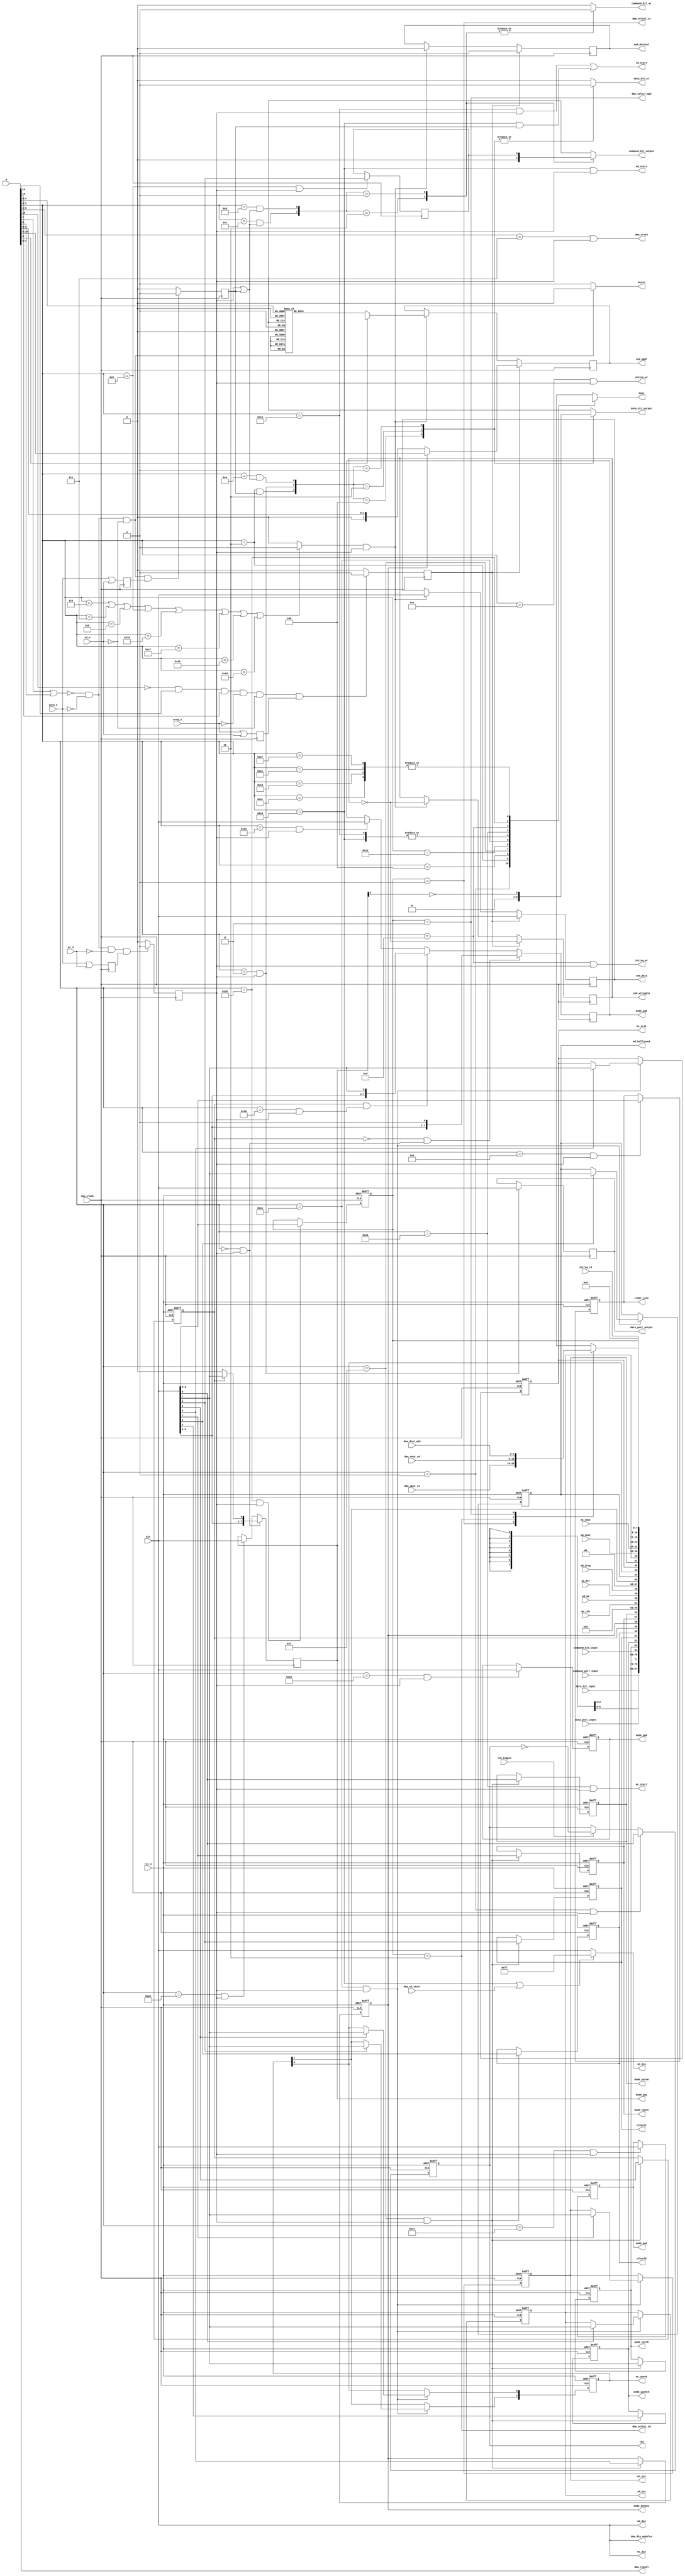
// part of NeoGS project (c) 2007-2008 NedoPC
//

// ports $00-$3f are in FPGA, $40-$ff are in CPLD

module ports(

	input  wire rst_n,
	input  wire cpu_clock, // Z80 CPU clock (clk_fpga on schematics)


	input  wire [ 7:0] din,   // NGS z80 cpu DATA BUS inputs
	output reg  [ 7:0] dout,  // NGS z80 cpu DATA BUS outputs
	output reg         busin, // direction of bus: =1 - input, =0 - output
	input  wire [15:0] a,     // NSG z80 cpu ADDRESS BUS

	input  wire iorq_n,
	input  wire mreq_n,
	input  wire rd_n,
	input  wire wr_n, // NGS z80 cpu control signals

	input  wire [ 7:0] data_port_input, // data_port input from zxbus module (async)
	output reg  [ 7:0] data_port_output, // data_port output to zxbus module (async to zxbus, sync here)
	input  wire [ 7:0] command_port_input, // command_port input from zxbus (async)

	input  wire data_bit_input, // data_bit from zxbus module (sync)
	input  wire command_bit_input, // --//-- (sync)

	output reg  data_bit_output, // output to zxbus module
	output reg  command_bit_output,

	output reg  data_bit_wr, // strobes (positive) to zxbus module, synchronous
	output reg  command_bit_wr,


	output reg  mode_8chans, // mode outputs for sound_main module
	output reg  mode_pan4ch, //
	output reg  mode_inv7b,  //

	output reg  mode_ramro, // mode outputs for memmap module
	output reg  mode_norom,

	output reg  [7:0] mode_pg0, // page registers for memmap module
	output reg  [7:0] mode_pg1,
	output reg  [7:0] mode_pg2,
	output reg  [7:0] mode_pg3,


	output reg  clksel0, // clock select (output from FPGA)
	output reg  clksel1,


	output reg         snd_wrtoggle, // toggle to write sound data to sound system memory
	output reg         snd_datnvol,  // whether it's for volume (=0) or for samples (=1)
	output reg  [ 2:0] snd_addr,     // address: which channel to be written (0-7)
	output reg  [ 7:0] snd_data,     // actual 8-bit data to be written


	output wire [ 7:0] md_din, // mp3 data interface
	output wire        md_start,
	input  wire        md_dreq,
	output reg         md_halfspeed,

	output reg         mc_ncs, // mp3 control interface
	output reg         mc_xrst,
	input  wire [ 7:0] mc_dout,
	output wire [ 7:0] mc_din,
	output wire        mc_start,
	output reg  [ 1:0] mc_speed,
	input  wire        mc_rdy,

	output reg         sd_ncs, // SD card interface
	input  wire [ 7:0] sd_dout,
	output wire [ 7:0] sd_din,
	output wire        sd_start,
	input  wire        dma_sd_start,
	input  wire        sd_det,
	input  wire        sd_wp,

	output reg  led, // LED control
	input  wire led_toggle,


	output reg  [7:0] dma_din_modules, // DMA control
	//
	output reg        dma_select_zx,
	output reg        dma_select_sd,
	output reg        dma_select_mp3,
	//
	input  wire [7:0] dma_dout_zx,
	input  wire [7:0] dma_dout_sd,
	input  wire [7:0] dma_dout_mp3,
	//
	output reg        dma_wrstb,
	output reg  [1:0] dma_regsel,


	// timer freq selector
	output reg  [2:0] timer_rate,

	// intena/intreq related
	output wire       intena_wr,
	output wire       intreq_wr,
	input  wire [7:0] intreq_rd

);


	localparam MPAG      = 6'h00;
	localparam MPAGEX    = 6'h10;

	localparam ZXCMD     = 6'h01;
	localparam ZXDATRD   = 6'h02;
	localparam ZXDATWR   = 6'h03;
	localparam ZXSTAT    = 6'h04;
	localparam CLRCBIT   = 6'h05;

	localparam VOL1      = 6'h06;
	localparam VOL2      = 6'h07;
	localparam VOL3      = 6'h08;
	localparam VOL4      = 6'h09;
	localparam VOL5      = 6'h16;
	localparam VOL6      = 6'h17;
	localparam VOL7      = 6'h18;
	localparam VOL8      = 6'h19;

	localparam DAMNPORT1 = 6'h0a;
	localparam DAMNPORT2 = 6'h0b;

	localparam LEDCTR    = 6'h01;

	localparam GSCFG0    = 6'h0f;

	localparam SCTRL     = 6'h11;
	localparam SSTAT     = 6'h12;

	localparam SD_SEND   = 6'h13;
	localparam SD_READ   = 6'h13;
	localparam SD_RSTR   = 6'h14;

	localparam MD_SEND   = 6'h14; // same as SD_RSTR!!!

	localparam MC_SEND   = 6'h15;
	localparam MC_READ   = 6'h15;

	localparam DMA_MOD   = 6'h1b; // read/write
	localparam DMA_HAD   = 6'h1c; // LSB bits 1:0 are 00 // read/write all
	localparam DMA_MAD   = 6'h1d; //                  01
	localparam DMA_LAD   = 6'h1e; //                  10
	localparam DMA_CST   = 6'h1f; //                  11

	localparam DMA_PORTS = 6'h1c; // mask for _HAD, _MAD, _LAD and _CST ports, two LSBs must be zero

	localparam TIM_FREQ  = 6'h0e;

	localparam INTENA    = 6'h0c;
	localparam INTREQ    = 6'h0d;

	localparam PG0       = 6'h20;
	localparam PG1       = 6'h21;
	localparam PG2       = 6'h22;
	localparam PG3       = 6'h23;

	// FREE PORT ADDRESSES: $1A, $24-$3F



// internal regs & wires

	reg mode_expag; // extended paging mode register

	reg port09_bit5;

	wire port_enabled; // =1 when port address is in enabled region ($00-$3f)
	wire mem_enabled; // =1 when memory mapped sound regs are addressed ($6000-$7FFF)
	reg volports_enabled; // when volume ports are addressed (6-9 and $16-$19)

	reg iowrn_reg; // registered io write signal (all positive edge!)
	reg iordn_reg; // --//--
	reg merdn_reg; // --//--


	reg port_wr; // synchronous positive write pulse (write from z80 to fpga regs)
	reg port_rd;  // synchronous positive read pulse (read done from fpga regs to z80)

	reg memreg_rd; // when memory-mapped sound regs are read






	wire port00_wr;   // specific write and read strobes (1 clock cycle long positive)
	wire p_ledctr_wr;
	wire port02_rd;
	wire port03_wr;
	wire port05_wrrd;
	wire port09_wr;
	wire port0a_wrrd;
	wire port0b_wrrd;
	wire port0f_wr;
	wire port10_wr;

//	wire p_sstat_rd;
//	wire p_sctrl_rd;
	wire p_sctrl_wr;
	wire p_sdsnd_wr;
//	wire p_sdrd_rd;
	wire p_sdrst_rd;
	wire p_mdsnd_wr;
	wire p_mcsnd_wr;
//	wire p_mcrd_rd;

	wire p_dmamod_wr;
	wire p_dmaports_wr;

	wire p_timfreq_wr;

	wire pg0_wr;
	wire pg1_wr;
	wire pg2_wr;
	wire pg3_wr;



	reg [2:0] volnum; // volume register number from port address


	reg [2:0] dma_module_select; // which dma module selected: zero - none selected
	localparam DMA_NONE_SELECTED = 3'd0;
	localparam DMA_MODULE_ZX     = 3'd1;
	localparam DMA_MODULE_SD     = 3'd2;
	localparam DMA_MODULE_MP3    = 3'd3;
//	localparam DMA_MODULE_...    = 3'd4;

	reg [7:0] dma_dout_modules; // select in data from different modules


// actual code

	//enabled ports
	assign port_enabled = ~(a[7] | a[6]); // $00-$3F

	//enabled mem
	assign mem_enabled = (~a[15]) & a[14] & a[13]; // $6000-$7FFF

	// volume ports enabled
	always @*
	begin
		if( a[5:0]==VOL1 ||
		    a[5:0]==VOL2 ||
		    a[5:0]==VOL3 ||
		    a[5:0]==VOL4 ||
		    a[5:0]==VOL5 ||
		    a[5:0]==VOL6 ||
		    a[5:0]==VOL7 ||
		    a[5:0]==VOL8 )

			volports_enabled <= 1'b1;
		else
			volports_enabled <= 1'b0;
	end



	//when data bus outputs
	always @*
	begin
		if( port_enabled && (!iorq_n) && (!rd_n) )
			busin <= 1'b0; // bus outputs
		else
			busin <= 1'b1; // bus inputs
	end



	// rd/wr/iorq syncing in and pulses - old gen
	always @(posedge cpu_clock)
	begin
		iowrn_reg <= iorq_n | wr_n;
		iordn_reg <= iorq_n | rd_n;

		if( port_enabled && (!iorq_n) && (!wr_n) && iowrn_reg )
			port_wr <= 1'b1;
		else
			port_wr <= 1'b0;

		if( port_enabled && (!iorq_n) && (!rd_n) && iordn_reg )
			port_rd <= 1'b1;
		else
			port_rd <= 1'b0;

	end

/*
	// new gen of port_rd and port_wr
	reg [2:0] rd_sync;
	reg [2:0] wr_sync;
	always @(posedge cpu_clock)
	begin
		rd_sync[2:0] <= { rd_sync[1:0], port_enabled&(~iorq_n)&(~rd_n) };
		wr_sync[2:0] <= { wr_sync[1:0], port_enabled&(~iorq_n)&(~wr_n) };

		port_wr <= (wr_sync[1:0]==2'b01);
		port_rd <= (rd_sync[1:0]==2'b01);

	end
*/

	// mreq syncing and mem read pulse
	always @(negedge cpu_clock)
	begin
		merdn_reg <= mreq_n | rd_n;

		if( mem_enabled && (!mreq_n) && (!rd_n) && merdn_reg )
			memreg_rd <= 1'b1;
		else
			memreg_rd <= 1'b0;

	end


	// specific ports strobes
	assign port00_wr   = ( a[5:0]==MPAG      && port_wr            );
	assign port02_rd   = ( a[5:0]==ZXDATRD   && port_rd            );
	assign port03_wr   = ( a[5:0]==ZXDATWR   && port_wr            );
	assign port05_wrrd = ( a[5:0]==CLRCBIT   && (port_wr||port_rd) );
	assign port09_wr   = ( a[5:0]==VOL4      && port_wr            );
	assign port0a_wrrd = ( a[5:0]==DAMNPORT1 && (port_wr||port_rd) );
	assign port0b_wrrd = ( a[5:0]==DAMNPORT2 && (port_wr||port_rd) );
	assign port0f_wr   = ( a[5:0]==GSCFG0    && port_wr            );
	assign port10_wr   = ( a[5:0]==MPAGEX    && port_wr            );


//	assign p_sctrl_rd = ( a[5:0]==SCTRL  && port_rd );
	assign p_sctrl_wr = ( a[5:0]==SCTRL  && port_wr );
//	assign p_sstat_rd = ( a[5:0]==SSTAT  && port_rd );
	assign p_sdsnd_wr = ( a[5:0]==SD_SEND && port_wr );
//	assign p_sdrd_rd  = ( a[5:0]==SD_READ && port_rd );
	assign p_sdrst_rd = ( a[5:0]==SD_RSTR && port_rd );
	assign p_mdsnd_wr = ( a[5:0]==MD_SEND && port_wr );
	assign p_mcsnd_wr = ( a[5:0]==MC_SEND && port_wr );
//	assign p_mcrd_rd  = ( a[5:0]==MC_READ && port_rd );

	assign p_ledctr_wr = ( a[5:0]==LEDCTR && port_wr );

	assign p_dmamod_wr   = ( a[5:0]==DMA_MOD && port_wr );
	assign p_dmaports_wr = ( {a[5:2],2'b00}==DMA_PORTS && port_wr );

	assign p_timfreq_wr = ( a[5:0]==TIM_FREQ && port_wr );

	assign intena_wr = ( a[5:0]==INTENA && port_wr );
	assign intreq_wr = ( a[5:0]==INTREQ && port_wr );

	assign pg0_wr = ( a[5:0]==PG0 && port_wr );
	assign pg1_wr = ( a[5:0]==PG1 && port_wr );
	assign pg2_wr = ( a[5:0]==PG2 && port_wr );
	assign pg3_wr = ( a[5:0]==PG3 && port_wr );


	// read from fpga to Z80
	always @*
	begin
		case( a[5:0] )
		ZXCMD: // command register
			dout <= command_port_input;
		ZXDATRD: // data register
			dout <= data_port_input;
		ZXSTAT: // status bits
			dout <= { data_bit_input, 6'bXXXXXX, command_bit_input };
		GSCFG0: // config register #0F
			dout <= { mode_inv7b, mode_pan4ch, clksel1, clksel0, mode_expag, mode_8chans, mode_ramro, mode_norom };

		SSTAT:
			dout <= { 4'd0, mc_rdy, sd_wp, sd_det, md_dreq };
		SCTRL:
			dout <= { 2'd0, mc_speed[1], md_halfspeed, mc_speed[0], mc_xrst, mc_ncs, sd_ncs };
		SD_READ:
			dout <= sd_dout;
		SD_RSTR:
			dout <= sd_dout;
		MC_READ:
			dout <= mc_dout;

		INTREQ:
			dout <= intreq_rd;


		DMA_MOD:
			dout <= { 5'd0, dma_module_select };
		DMA_HAD:
			dout <= dma_dout_modules;
		DMA_MAD:
			dout <= dma_dout_modules;
		DMA_LAD:
			dout <= dma_dout_modules;
		DMA_CST:
			dout <= dma_dout_modules;


		default:
			dout <= 8'bXXXXXXXX;
		endcase
	end





	// write to $00 and $10 ports -- old mem mapping control,
	// also new mapping control (pg2 and pg3 ports)
	always @(posedge cpu_clock)
	if( port00_wr ) // port 00
	begin
		if( !mode_expag ) // normal paging
			mode_pg2[7:0] <= { din[6:0], 1'b0 };
		else // extended paging
			mode_pg2[7:0] <= { din[6:0], din[7] };
	end
	else if( pg2_wr )
		mode_pg2 <= din;
	//
	always @(posedge cpu_clock)
	if( !mode_expag && port00_wr ) // port 10 (when in normal mode, part of port 00)
		mode_pg3[7:0] <= { din[6:0], 1'b1 };
	else if( mode_expag && port10_wr )
		mode_pg3[7:0] <= { din[6:0], din[7] };
	else if( pg3_wr )
		mode_pg3 <= din;

	// write to pg0 and pg1 ports
	always @(posedge cpu_clock, negedge rst_n)
	if( !rst_n )
		mode_pg0 <= 8'b00000000;
	else if( pg0_wr )
		mode_pg0 <= din;
	//
	always @(posedge cpu_clock, negedge rst_n)
	if( !rst_n )
		mode_pg1 <= 8'b00000011;
	else if( pg1_wr )
		mode_pg1 <= din;


	// port $03 write ++
	always @(posedge cpu_clock)
	begin
		if( port03_wr==1'b1 )
			data_port_output <= din;
	end

	// port $09 bit tracing
	always @(posedge cpu_clock)
	begin
		if( port09_wr==1'b1 )
			port09_bit5 <= din[5];
	end

	// write and reset of port $0F ++
	always @(posedge cpu_clock,negedge rst_n)
	begin
		if( rst_n==1'b0 ) // reset!
			{ mode_inv7b, mode_pan4ch, clksel1, clksel0, mode_expag, mode_8chans, mode_ramro, mode_norom } <= 8'b00110000;
		else // write to port
		begin
			if( port0f_wr == 1'b1 )
			begin
				{ mode_inv7b, mode_pan4ch, clksel1, clksel0, mode_expag, mode_8chans, mode_ramro, mode_norom } <= din[7:0];
			end
		end
	end

	// data bit handling
	always @*
	case( {port02_rd,port03_wr,port0a_wrrd} )
		3'b100:
		begin
			data_bit_output <= 1'b0;
			data_bit_wr <= 1'b1;
		end

		3'b010:
		begin
			data_bit_output <= 1'b1; // ++
			data_bit_wr <= 1'b1;
		end

		3'b001:
		begin
			data_bit_output <= ~mode_pg2[0];
			data_bit_wr <= 1'b1;
		end

		default:
		begin
			data_bit_output <= 1'bX;
			data_bit_wr <= 1'b0;
		end
	endcase

	// command bit handling
	always @*
	case( {port05_wrrd,port0b_wrrd} )
		2'b10:
		begin
			command_bit_output <= 1'b0;
			command_bit_wr <= 1'b1;
		end

		2'b01:
		begin
			command_bit_output <= port09_bit5;
			command_bit_wr <= 1'b1;
		end

		default:
		begin
			command_bit_output <= 1'bX;
			command_bit_wr <= 1'b0;
		end
	endcase

	// handle data going to sound module (volume and samples values)
	always @*
	begin
		case( a[5:0] ) // port addresses to volume register numbers
		VOL1:
			volnum <= 3'd0;
		VOL2:
			volnum <= 3'd1;
		VOL3:
			volnum <= 3'd2;
		VOL4:
			volnum <= 3'd3;
		VOL5:
			volnum <= 3'd4;
		VOL6:
			volnum <= 3'd5;
		VOL7:
			volnum <= 3'd6;
		VOL8:
			volnum <= 3'd7;
		default:
			volnum <= 3'bXXX;
		endcase
	end

	// handling itself (sending data to sound module)
	always @(posedge cpu_clock)
	begin
		if( memreg_rd ) // memory read - sample data write
		begin
			snd_wrtoggle <= ~snd_wrtoggle;
			snd_datnvol  <= 1'b1; // sample data

			if( !mode_8chans ) // 4 channel mode
				snd_addr <= { 1'b0, a[9:8] };
			else // 8 channel mode
				snd_addr <= a[10:8];

			snd_data <= din;
		end
		else if( volports_enabled && port_wr )
		begin
			snd_wrtoggle <= ~snd_wrtoggle;
			snd_datnvol  <= 1'b0; // volume data
			snd_addr <= volnum;
			snd_data <= din;
		end
	end






	//SPI (mp3, SD) interfaces

	assign sd_din = (a[5:0]==SD_RSTR || dma_sd_start) ? 8'hFF : din;
	assign mc_din = din;
	assign md_din = din;


	assign sd_start = p_sdsnd_wr | p_sdrst_rd;
	assign mc_start = p_mcsnd_wr;
	assign md_start = p_mdsnd_wr;


      always @(posedge cpu_clock, negedge rst_n)
      begin
		if( !rst_n ) // async reset
		begin
			md_halfspeed <= 1'b0;
			mc_speed     <= 2'b01;
			mc_xrst      <= 1'b0;
			mc_ncs       <= 1'b1;
			sd_ncs       <= 1'b1;
		end
		else // clock
		begin
			if( p_sctrl_wr )
			begin
				if( din[0] )
					sd_ncs       <= din[7];

				if( din[1] )
					mc_ncs       <= din[7];

				if( din[2] )
					mc_xrst      <= din[7];

				if( din[3] )
					mc_speed[0]  <= din[7];

				if( din[4] )
					md_halfspeed <= din[7];

				if( din[5] )
					mc_speed[1]  <= din[7];

			end
		end
      end


	// LED control
	always @(posedge cpu_clock, negedge rst_n)
	begin
		if( !rst_n )
			led <= 1'b0;
		else
		begin
			if( p_ledctr_wr )
				led <= din[0];
			else if( led_toggle )
				led <= ~led;
		end

	end




	// DMA control
	//
	always @(posedge cpu_clock, negedge rst_n) // selection of modules
	if( !rst_n )
		dma_module_select <= DMA_NONE_SELECTED;
	else if( p_dmamod_wr )
		dma_module_select <= din[2:0];
	//
	always @* dma_din_modules = din; // translate Z80 bus out to all DMA modules
	//
	always @* // select modules by individual signals
	begin
		dma_select_zx  = ( dma_module_select==DMA_MODULE_ZX  );
		dma_select_sd  = ( dma_module_select==DMA_MODULE_SD  );
		dma_select_mp3 = ( dma_module_select==DMA_MODULE_MP3 );
	end
	//
	always @* dma_wrstb = p_dmaports_wr; // translate dma write strobe
	//
	always @* dma_regsel = a[1:0];
	//
	always @* // route data from modules to the common module bus
	begin
		case( dma_module_select )
		DMA_MODULE_ZX:
			dma_dout_modules <= dma_dout_zx;
		DMA_MODULE_SD:
			dma_dout_modules <= dma_dout_sd;
		DMA_MODULE_MP3:
			dma_dout_modules <= dma_dout_mp3;
		//DMA_MODULE_...:
		//	dma_dout_modules <= dma_dout_...;
		default:
			dma_dout_modules <= 8'bxxxxxxxx;
		endcase
	end



	// timer rate
	//
	always @(posedge cpu_clock,negedge rst_n)
	if( !rst_n )
		timer_rate <= 3'b000;
	else if( p_timfreq_wr )
		timer_rate <= din[2:0];


endmodule